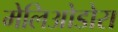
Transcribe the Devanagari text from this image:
मेलिओडोरा